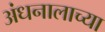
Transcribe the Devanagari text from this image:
अंधनालाच्या